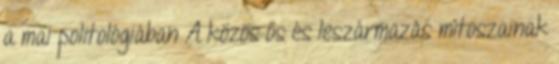
a mai politológiában A közös ős és leszármazás mítoszainak